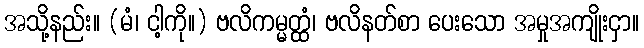
အသို့နည်း။ (မံ၊ ငါ့ကို။) ဗလိကမ္မတ္ထံ၊ ဗလိနတ်စာ ပေးသော အမှုအကျိုးငှာ။